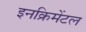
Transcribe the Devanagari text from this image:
इनक्रिमेंटल